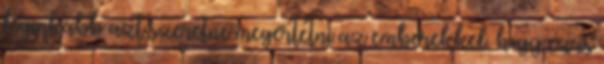
leginkább azt szeretné megértetni az emberekkel, hogy ez is